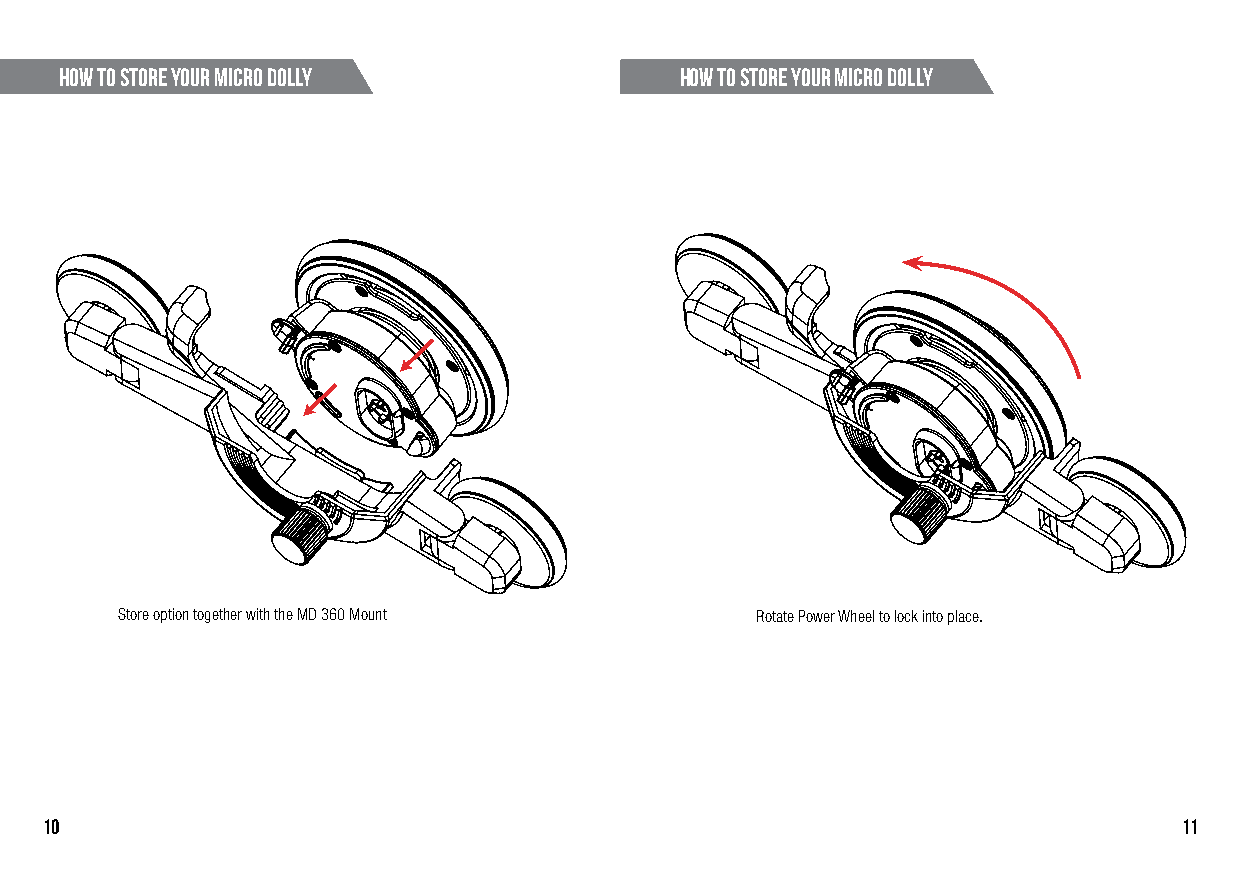
How to store your Micro Dolly            How to store your Micro Dolly
 Store option together with the MD 360 Mount Rotate Power Wheel to lock into place.
 10                                                                         11